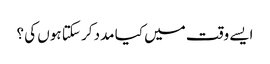
ایسے وقت میں کیا مدد کر سکتا ہوں کی ؟